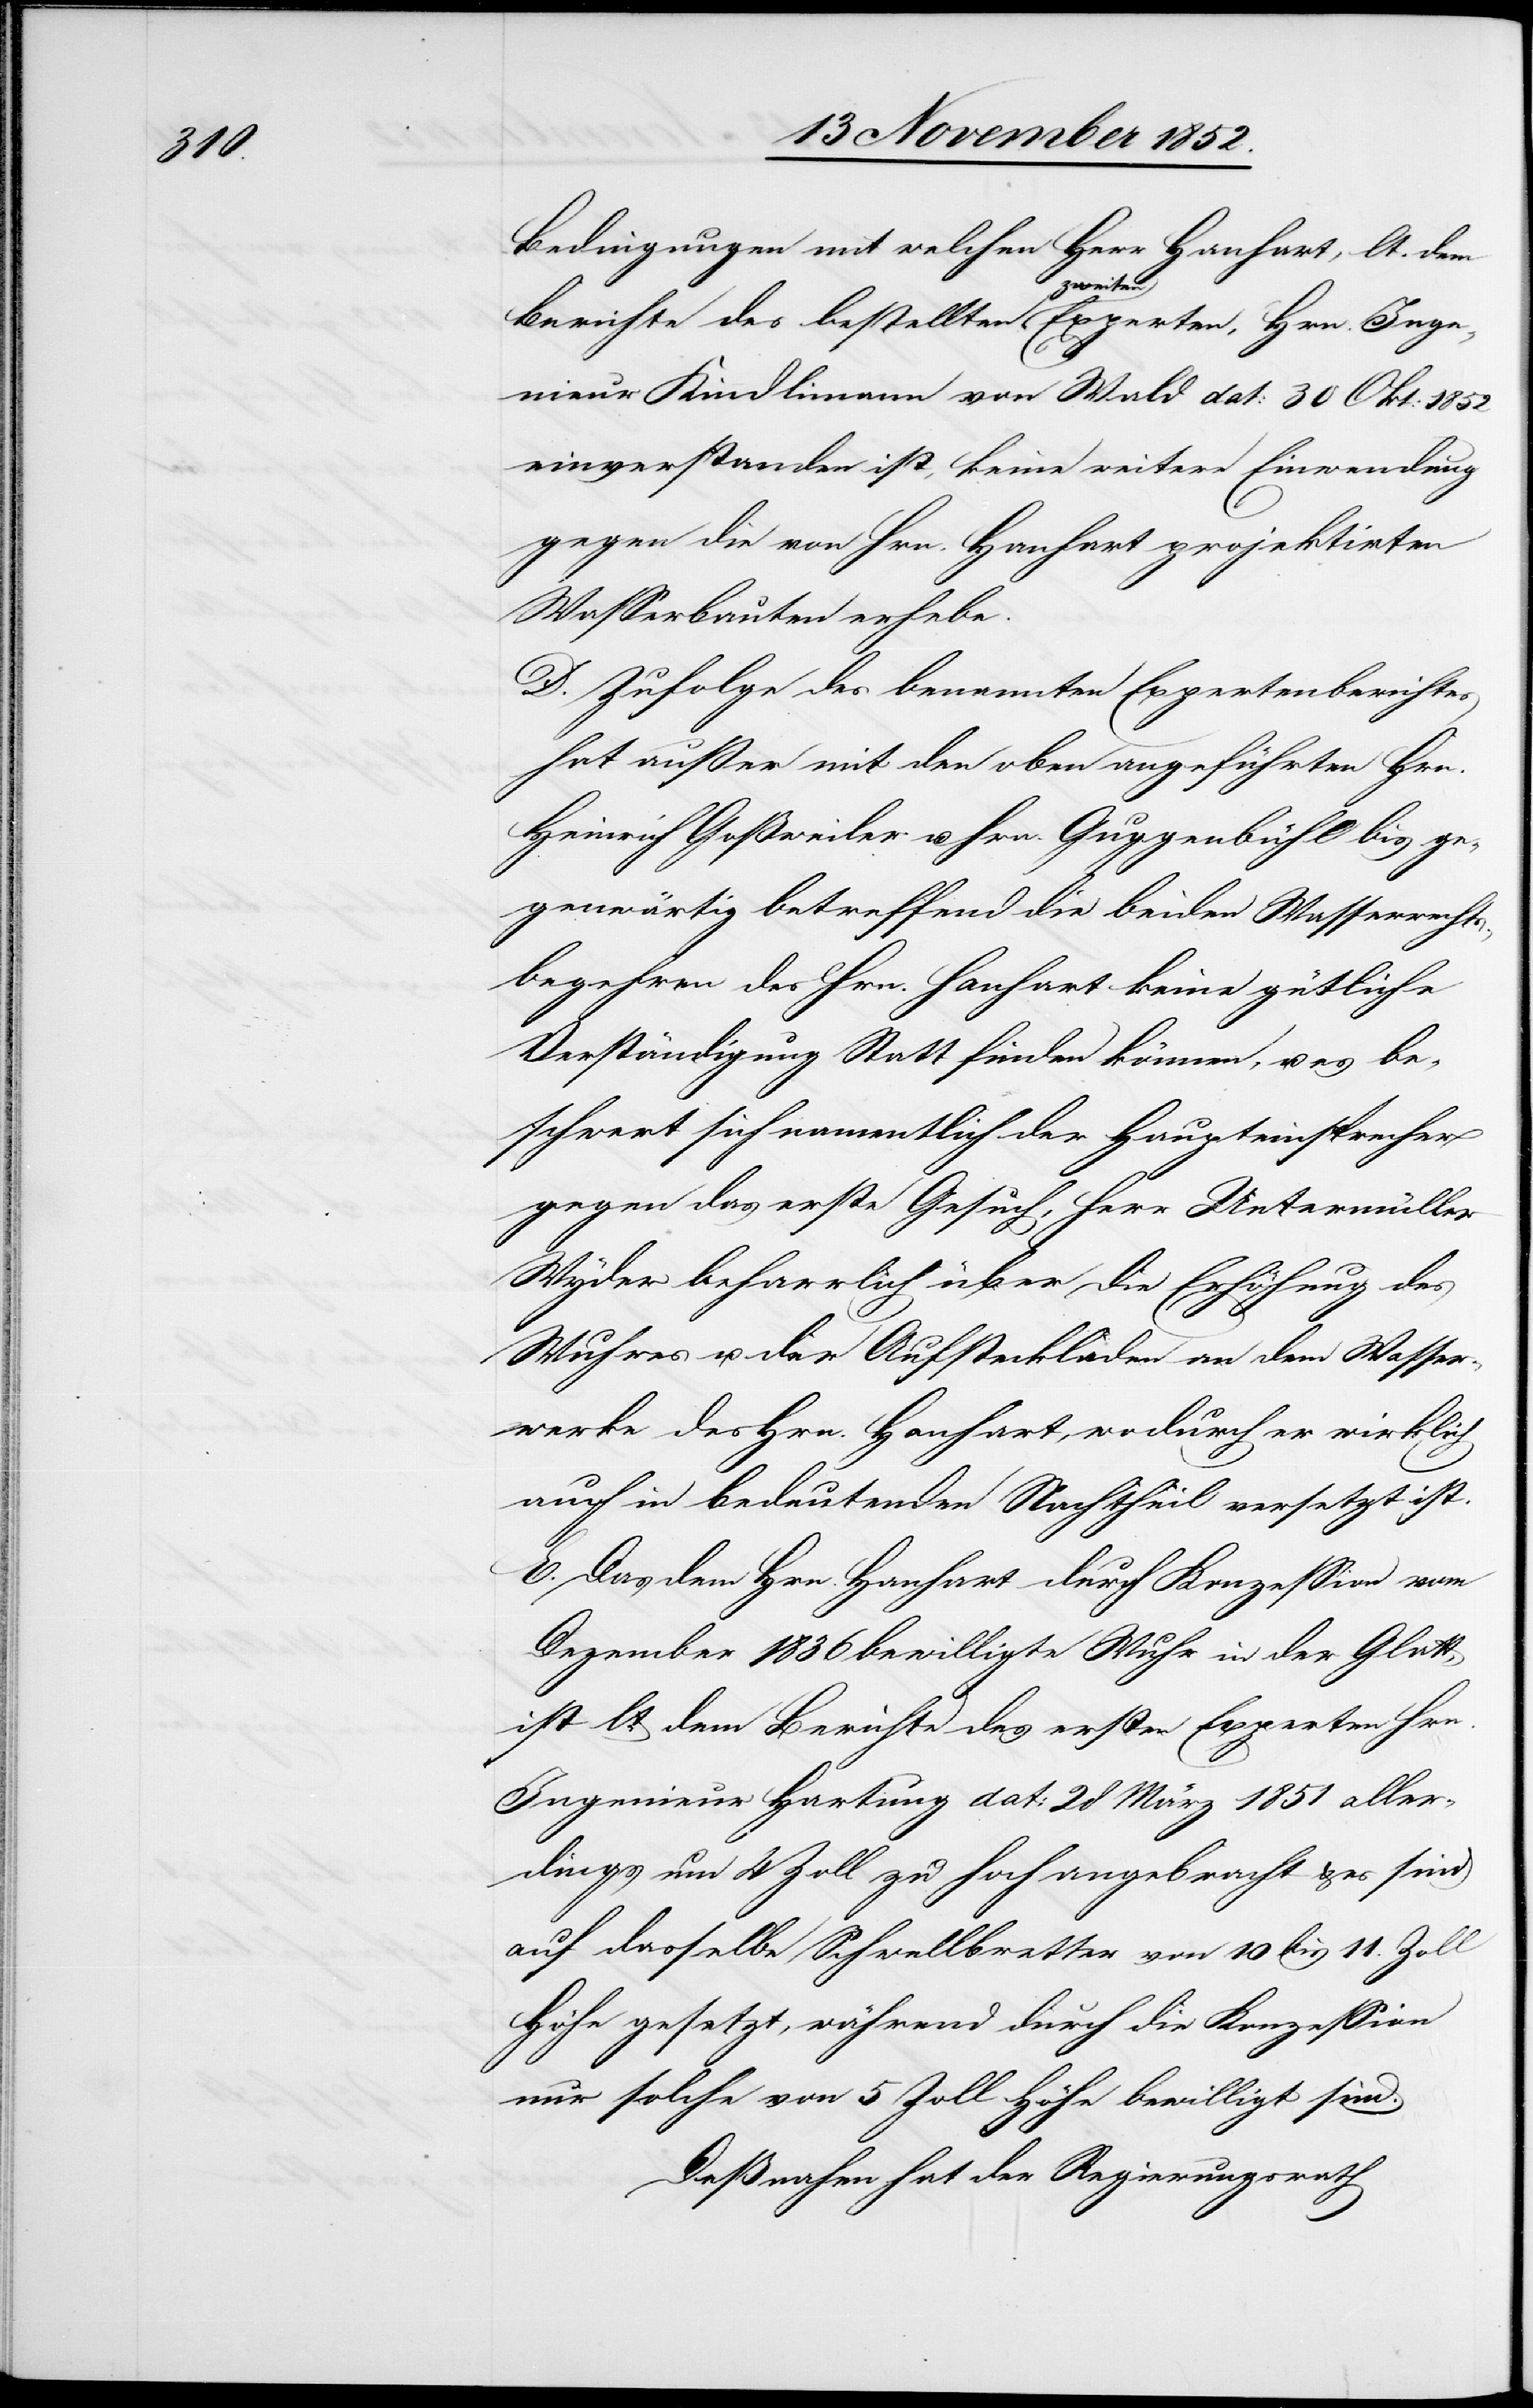
Bedingungen mit welchen Herr Hanhart, lt. dem
Hrn.
Ingenieur Kindlimann von Wald dat: 30 Okt. 1852
einverstanden ist, keine weitere Einwendung
gegen die von Hrn. Hanhart projektirten
Wasserbauten erhebe.
D. Zufolge des benannten Expertenberichtes
hat außer mit den oben angeführten Hrn.
Heinrich Goßweiler u. Hrn. Guggenbühl bis ge¬
genwärtig betreffend die beiden Wasserrechts¬
begehren des Hrn. Hanhart keine gütliche
Verständigung Statt finden können, u. es be¬
schwert sich namentlich der Haupteinsprecher
gegen das erste Gesuch, Herr Untermüller
Wyder beharrlich über die Erhöhung des
Wuhres u. der Aufsteckladen an dem Wasser¬
werke des Hrn. Hanhart, wodurch er wirklich
auch in bedeutenden Nachtheil versetzt ist.
E. Das dem Hrn. Hanhart durch Konzession vom
Dezember 1836 bewilligte Wuhr in der Glatt,
ist lt. dem Berichte des ersten Experten Hrn.
Ingenieur Hartung dat: 28 März 1851 aller¬
dings um 4 Zoll zu hoch angebracht & es sind
auf dasselbe Schwellbretter von 10 bis 11. Zoll
Höhe gesetzt, während durch die Konzession
nur solche von 5 Zoll Höhe bewilligt sind.
Deßnahen hat der Regierungsrath